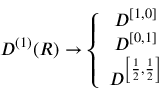
D ^ { \left( 1 \right) } ( R ) \rightarrow \left\{ \begin{array} { c } { { D ^ { \left[ 1 , 0 \right] } } } \\ { { D ^ { \left[ 0 , 1 \right] } } } \\ { { D ^ { \left[ \frac { 1 } { 2 } , \frac { 1 } { 2 } \right] } } } \end{array} \right.